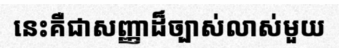
នេះគឺជាសញ្ញាដ៏ច្បាស់លាស់មួយ